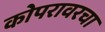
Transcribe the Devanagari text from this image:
कोपरावरचा